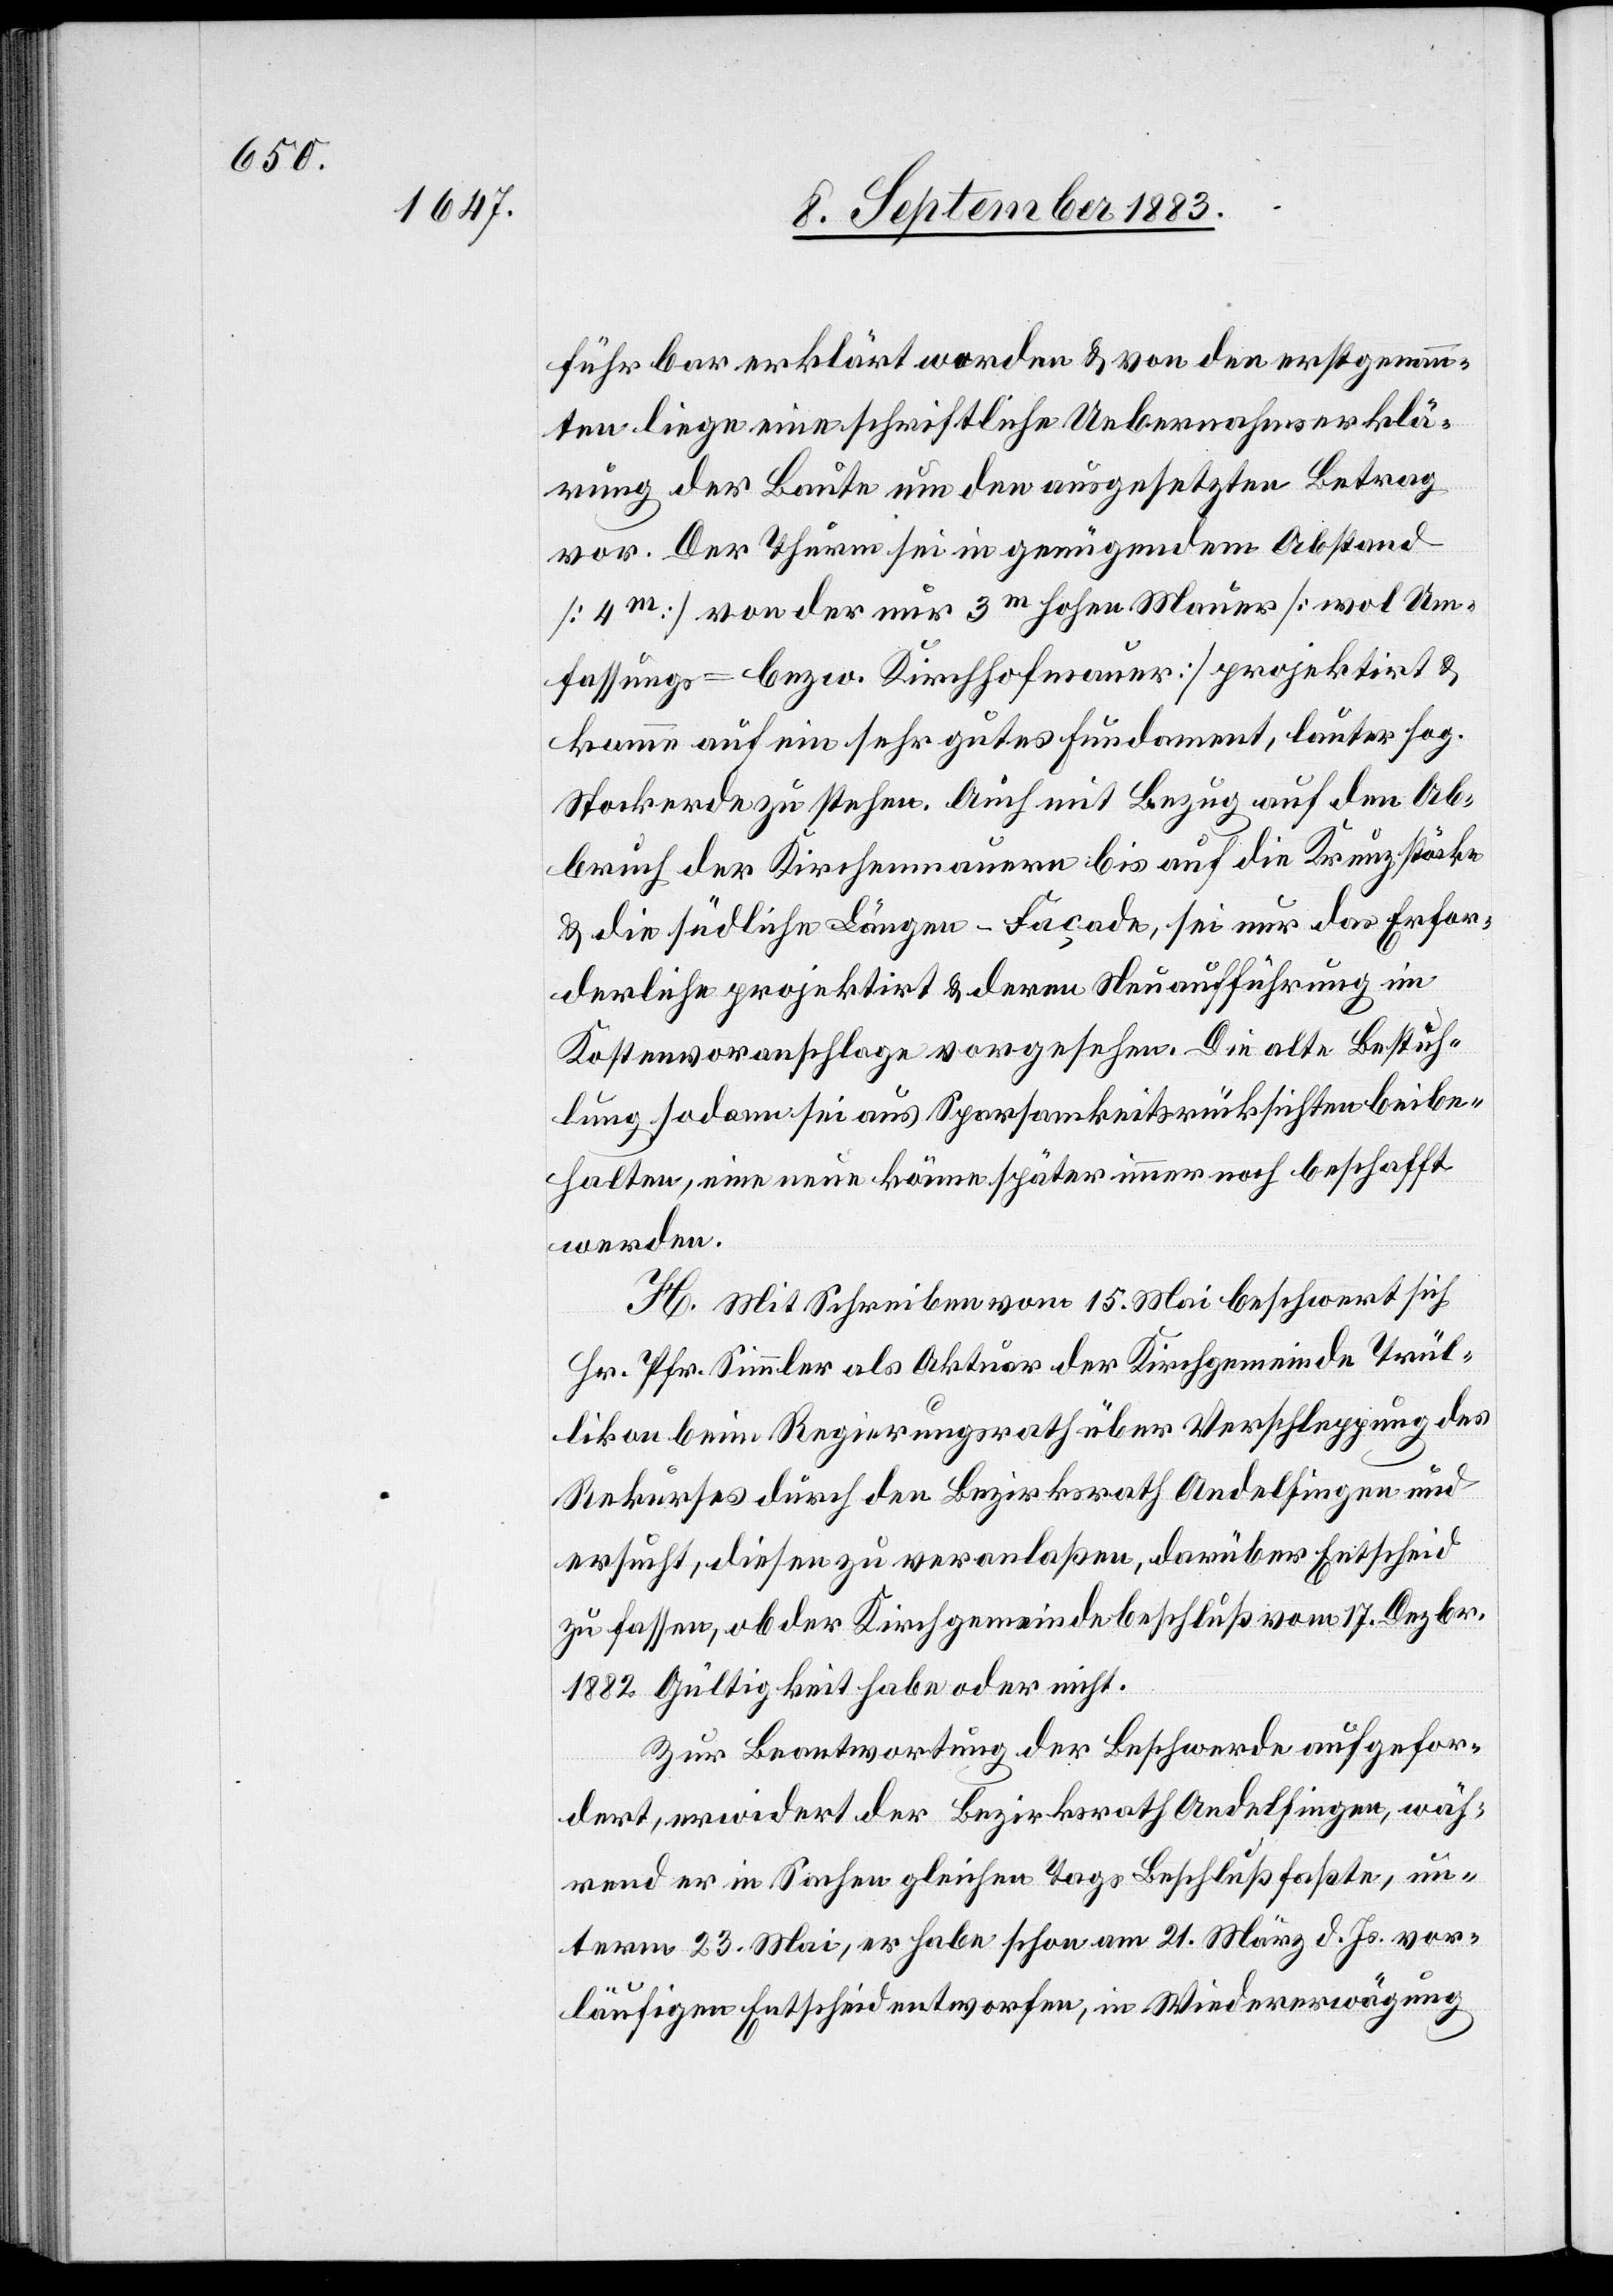
führbar erklärt worden & von den erstgenann¬
ten liege eine schriftliche Uebernahmserklä¬
rung der Baute um den ausgesetzten Betrag
vor. Der Thurm sei in genügendem Abstand
[4m] von der nur 3m hohen Mauer [wol Um¬
fassungs- bezw. Kirchhofmauer] projektirt &
komme auf ein sehr gutes Fundament, lauter sog.
Stockerde zu stehen. Auch mit Bezug auf den Ab¬
bruch der Kirchenmauern bis auf die Kreuzstöcke
& die südliche Längen-Façade, sei nur das Erfor¬
derliche projektirt & deren Neuaufführung im
Kostenvoranschlage vorgesehen. Die alte Bestuh¬
lung sodann sei aus Sparsamkeitsrücksichten beibe¬
halten, eine neue könne später immer noch beschafft
werden.
H. Mit Schreiben vom 15. Mai beschwert sich
Hr. Pfr. Simmler als Aktuar der Kirchgemeinde Trül¬
likon beim Regierungsrath über Verschleppung des
Rekurses durch den Bezirksrath Andelfingen und
ersucht, diesen zu veranlaßen, darüber Entscheid
zu fassen, ob der Kirchgemeindebeschluß vom 17. Dezbr.
1882 Gültigkeit habe oder nicht.
Zur Beantwortung der Beschwerde aufgefor¬
dert, erwidert der Bezirksrath Andelfingen, un¬
term 23. Mai. er habe schon am 21. März d. Js. vor¬
läufigen Entscheid entworfen, in Wiedererwägung